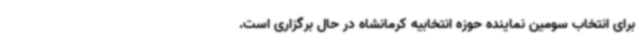
برای انتخاب سومین نماینده حوزه انتخابیه کرمانشاه در حال برگزاری است.